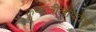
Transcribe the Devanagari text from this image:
कृष्णलीलोपदेश